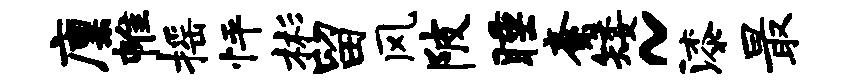
廪帷摇怦彬留风陂睡紊矮~漆最